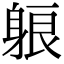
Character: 躴